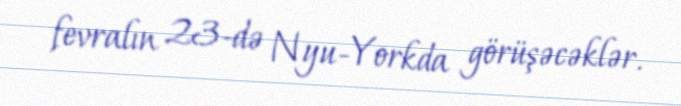
fevralın 23-də Nyu-Yorkda görüşəcəklər.